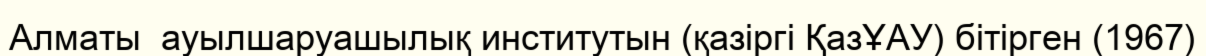
Алматы  ауылшаруашылық институтын (қазіргі ҚазҰАУ) бітірген (1967)